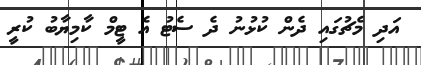
އަދި މެޗުގައި ދެން ކުޅުނު ދެ ސެޓު އެ ޓީމް ކާމިޔާބު ކުރީ